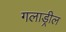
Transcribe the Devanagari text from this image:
गलाड्रील